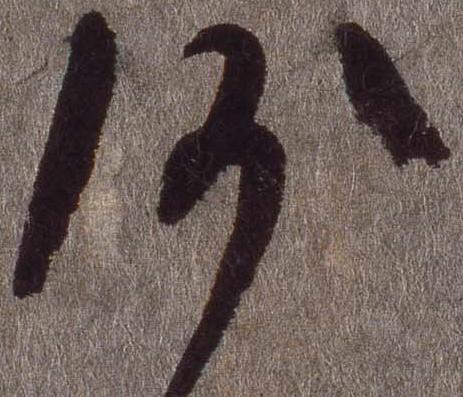
沙